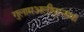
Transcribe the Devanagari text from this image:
गुलामअलीपुरनाथा